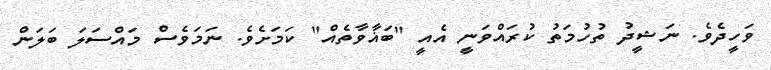
ވަހީދެވެ. ނަޝީދު ތުހުމަތު ކުރައްވަނީ އެއީ "ބަޣާވާތެއް" ކަމަށެވެ. ނަމަވެސް މައްސަލަ ބަލަން